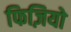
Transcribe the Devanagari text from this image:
फिज़ियो